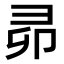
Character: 𭛍